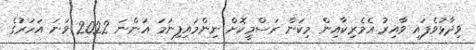
ވިދާޅުވެފައި ވާއިރު އެމެރިކާއިން މިކަން ރަސްމީކޮށް ނިންމައިފިނަމަ އަންނަ 2022 ވަނަ އަހަރުގެ